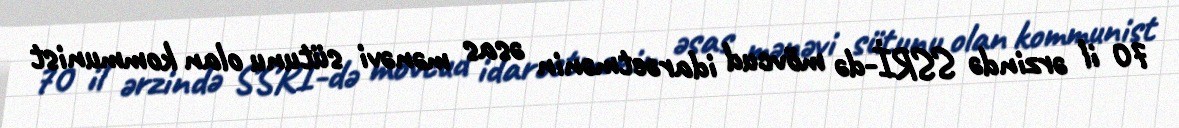
70 il ərzində SSRİ-də mövcud idarəetmənin əsas mənəvi sütunu olan kommunist